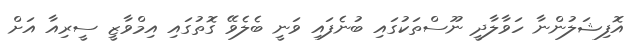
އޮފިޝަލުންނާ ހަވާލާދީ ނޫސްތަކުގައި ބުނެފައި ވަނީ ބެލެވޭ ގޮތުގައި އިމްވާޒީ ސީރިއާ އަށް